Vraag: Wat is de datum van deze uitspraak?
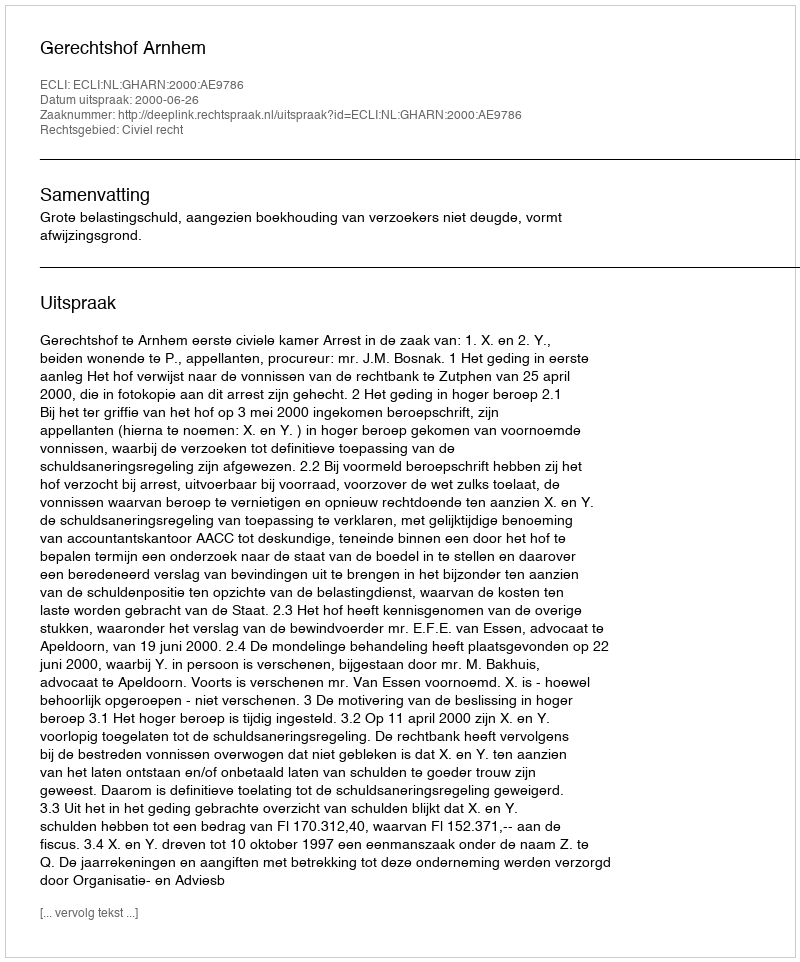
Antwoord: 2000-06-26